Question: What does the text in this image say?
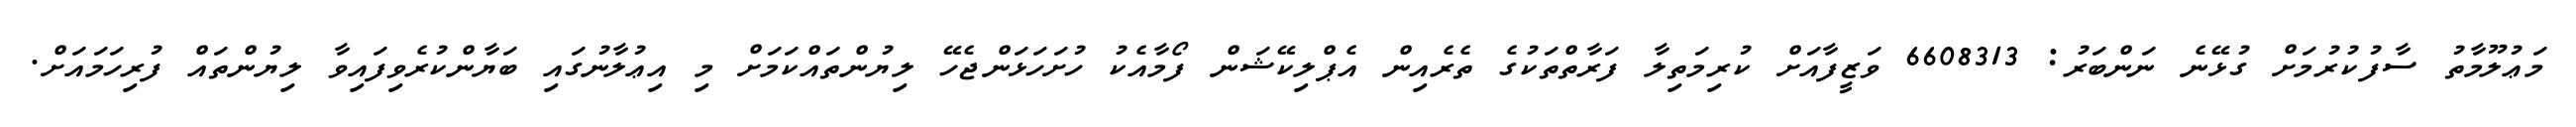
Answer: މަޢުލޫމާތު ސާފުކުރުމަށް ގުޅޭނެ ނަންބަރު: 6608313 ވަޒީފާއަށް ކުރިމަތިލާ ފަރާތްތަކުގެ ތެރެއިން އެޕްލިކޭޝަން ފޯމާއެކު ހުށަހަޅަންޖެހޭ ލިޔުންތައްކަމަށް މި އިޢުލާނުގައި ބަޔާންކުރެވިފައިވާ ލިޔުންތައް ފުރިހަމައަށް.